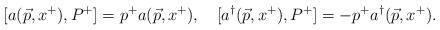
\begin{align*}[a(\vec{p},x^+), P^+] = p^+ a(\vec{p},x^+), \quad[a^\dagger(\vec{p},x^+),P^+] =- p^+ a^\dagger(\vec{p},x^+).\end{align*}